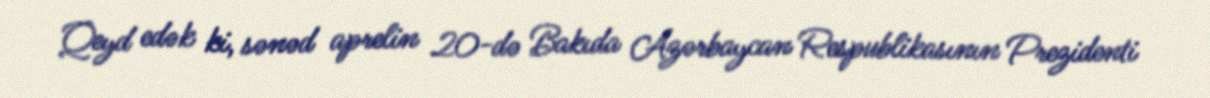
Qeyd edək ki, sənəd aprelin 20-də Bakıda Azərbaycan Respublikasının Prezidenti